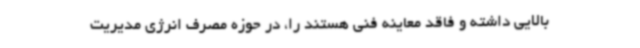
بالایی داشته و فاقد معاینه فنی هستند را، در حوزه مصرف انرژی مدیریت